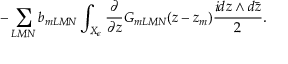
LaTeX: - \sum _ { L M N } b _ { m L M N } \int _ { X _ { \epsilon } } \frac { \partial } { \partial z } G _ { m L M N } ( z - z _ { m } ) \frac { i d z \wedge d \bar { z } } { 2 } .